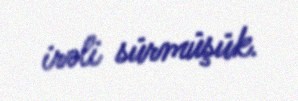
irəli sürmüşük.